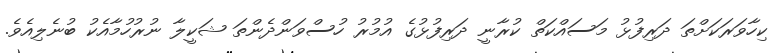
ކިހާވަރަކަށްތަ ދަރިފުޅު މަސައްކަތް ކުރާނީ ދަރިފުޅުގެ އުމުރު ހުސްވަންދެންތަ ޝަކީލާ ނުރުހުމާއެކު ބުނެލިއެވެ.